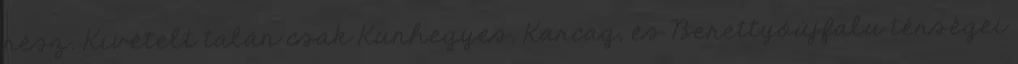
rész. Kivételt talán csak Kunhegyes, Karcag, és Berettyóújfalu térségei